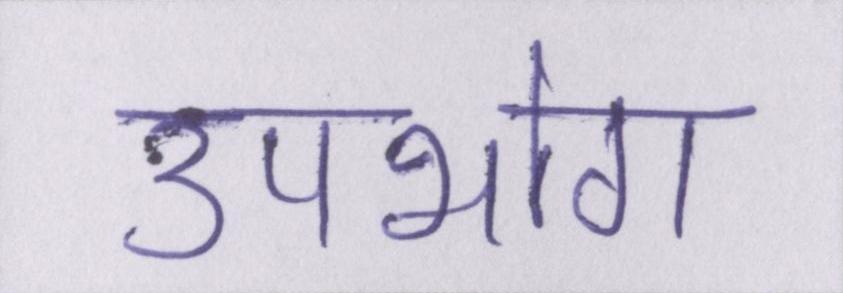
उपभोग